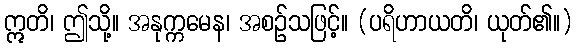
ဣတိ၊ ဤသို့။ အနုက္ကမေန၊ အစဉ်သဖြင့်။ (ပရိဟာယတိ၊ ယုတ်၏။)